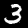
Label: 3